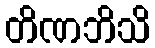
တိဏဘိသိ